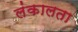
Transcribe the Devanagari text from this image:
लंकालता